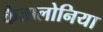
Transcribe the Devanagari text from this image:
कैतालोनिया